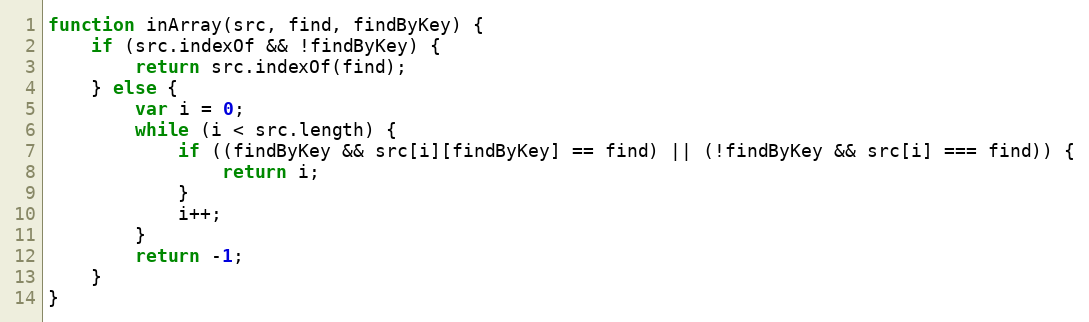
Language: JavaScript
function inArray(src, find, findByKey) {
    if (src.indexOf && !findByKey) {
        return src.indexOf(find);
    } else {
        var i = 0;
        while (i < src.length) {
            if ((findByKey && src[i][findByKey] == find) || (!findByKey && src[i] === find)) {
                return i;
            }
            i++;
        }
        return -1;
    }
}